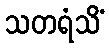
သတရံသိံ